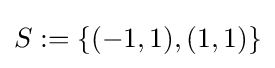
S:=\{(-1,1),(1,1)\}